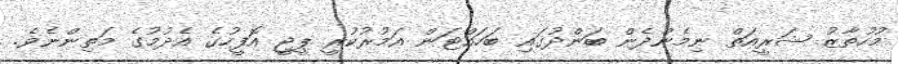
މުހުތާޒު ޝަރީއަތް ނިމެންދެން ބަންދުގައި ބަހައްޓަން އަމުރުކުރީ ޕީޖީ އޮފީހުގެ އެދުމުގެ މަތިންނެވެ.